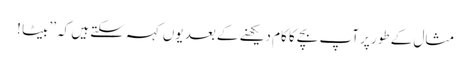
مثال کے طور پر آپ بچے کا کام دیکھنے کے بعد یوں کہہ سکتے ہیں کہ ’’بیٹا !